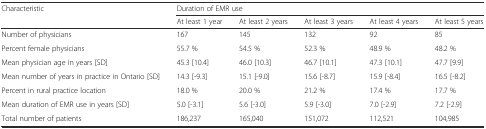
<table><thead><tr><td rowspan="2"><b>Characteristic</b></td><td colspan="5"><b>Duration of EMR use</b></td></tr><tr><td><b>At least 1 year</b></td><td><b>At least 2 years</b></td><td><b>At least 3 years</b></td><td><b>At least 4 years</b></td><td><b>At least 5 years</b></td></tr></thead><tbody><tr><td>Number of physicians</td><td>167</td><td>145</td><td>132</td><td>92</td><td>85</td></tr><tr><td>Percent female physicians</td><td>55.7 %</td><td>54.5 %</td><td>52.3 %</td><td>48.9 %</td><td>48.2 %</td></tr><tr><td>Mean physician age in years [SD]</td><td>45.3 [10.4]</td><td>46.0 [10.3]</td><td>46.7 [10.1]</td><td>47.3 [10.1]</td><td>47.7 [9.9]</td></tr><tr><td>Mean number of years in practice in Ontario [SD]</td><td>14.3 [-9.3]</td><td>15.1 [-9.0]</td><td>15.6 [-8.7]</td><td>15.9 [-8.4]</td><td>16.5 [-8.2]</td></tr><tr><td>Percent in rural practice location</td><td>18.0 %</td><td>20.0 %</td><td>21.2 %</td><td>17.4 %</td><td>17.7 %</td></tr><tr><td>Mean duration of EMR use in years [SD]</td><td>5.0 [-3.1]</td><td>5.6 [-3.0]</td><td>5.9 [-3.0]</td><td>7.0 [-2.9]</td><td>7.2 [-2.9]</td></tr><tr><td>Total number of patients</td><td>186,237</td><td>165,040</td><td>151,072</td><td>112,521</td><td>104,985</td></tr></tbody></table>